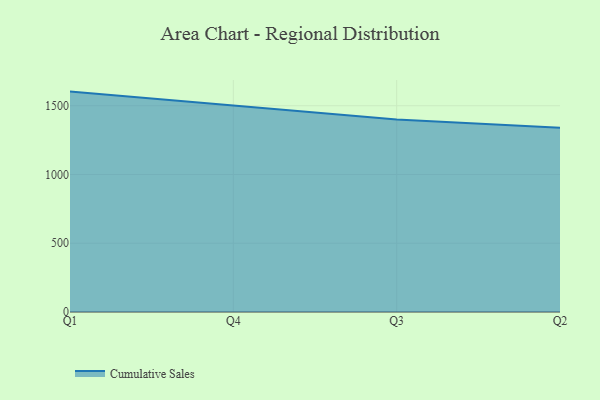
{"axis": {"x": "Quarter", "y": "Energy Usage (MWh)"}, "legend": ["Cumulative Sales"], "data": [{"x": "Q1", "y": 1603.0, "type": "Cumulative Sales"}, {"x": "Q4", "y": 1500.4, "type": "Cumulative Sales"}, {"x": "Q3", "y": 1399.6, "type": "Cumulative Sales"}, {"x": "Q2", "y": 1339.8, "type": "Cumulative Sales"}]}